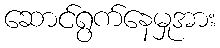
ဆောင်ရွက်နေမှုအား